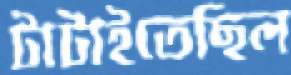
টাটাইতেছিল